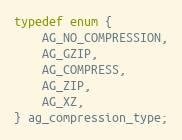
Language: C
typedef enum {
    AG_NO_COMPRESSION,
    AG_GZIP,
    AG_COMPRESS,
    AG_ZIP,
    AG_XZ,
} ag_compression_type;